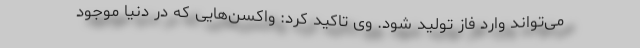
می‌تواند وارد فاز تولید شود. وی تاکید کرد: واکسن‌هایی که در دنیا موجود